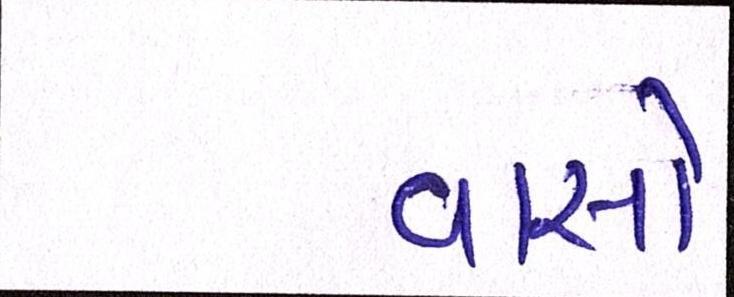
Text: વાસો